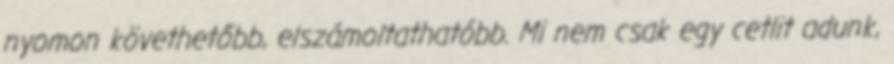
nyomon követhetőbb, elszámoltathatóbb. Mi nem csak egy cetlit adunk,